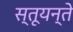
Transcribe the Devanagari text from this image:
स्तूयन्ते